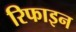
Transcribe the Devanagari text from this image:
रिफाइन